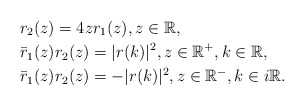
\begin{align*}&r_2(z)=4 z r_1(z), z \in \mathbb{R},\\&\bar{r}_1(z) r_2(z)=|r(k)|^2, z \in \mathbb{R}^{+}, k \in \mathbb{R}, \\& \bar{r}_1(z)r_2(z)=-|r(k)|^{2}, z \in \mathbb{R}^{-}, k \in i \mathbb{R}.\end{align*}